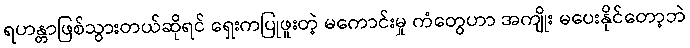
ရဟန္တာဖြစ်သွားတယ်ဆိုရင် ရှေးကပြုဖူးတဲ့ မကောင်းမှု ကံတွေဟာ အကျိုး မပေးနိုင်တော့ဘဲ